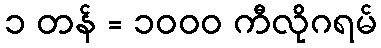
၁ တန် = ၁၀၀၀ ကီလိုဂရမ်